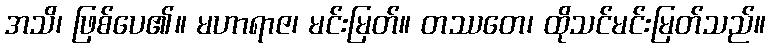
အသိ၊ ဖြစ်ပေ၏။ မဟာရာဇ၊ မင်းမြတ်။ တဿတေ၊ ထိုသင်မင်းမြတ်သည်။